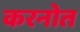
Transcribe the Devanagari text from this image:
करनोत